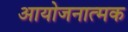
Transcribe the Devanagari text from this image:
आयोजनात्मक